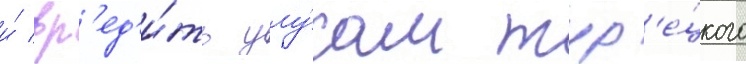
и́ вр'ед'и́ть улу́сам тур'е́цкого